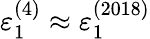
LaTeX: \varepsilon_{1}^{(4)}\approx\varepsilon_{1}^{(2018)}